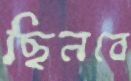
ছিনবে